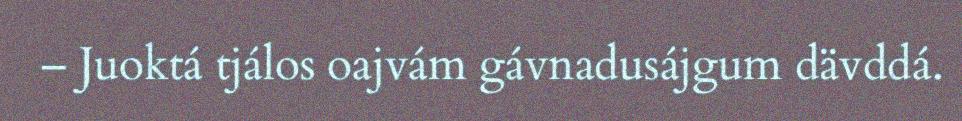
– Juoktá tjálos oajvám gávnadusájgum dävddá.